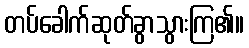
တပ်ခေါက်ဆုတ်ခွာသွားကြ၏။